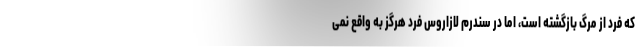
که فرد از مرگ بازگشته است، اما در سندرم لازاروس فرد هرگز به واقع نمی